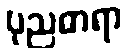
ပုညဓာရာ